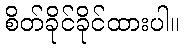
စိတ်ခိုင်ခိုင်ထားပါ။